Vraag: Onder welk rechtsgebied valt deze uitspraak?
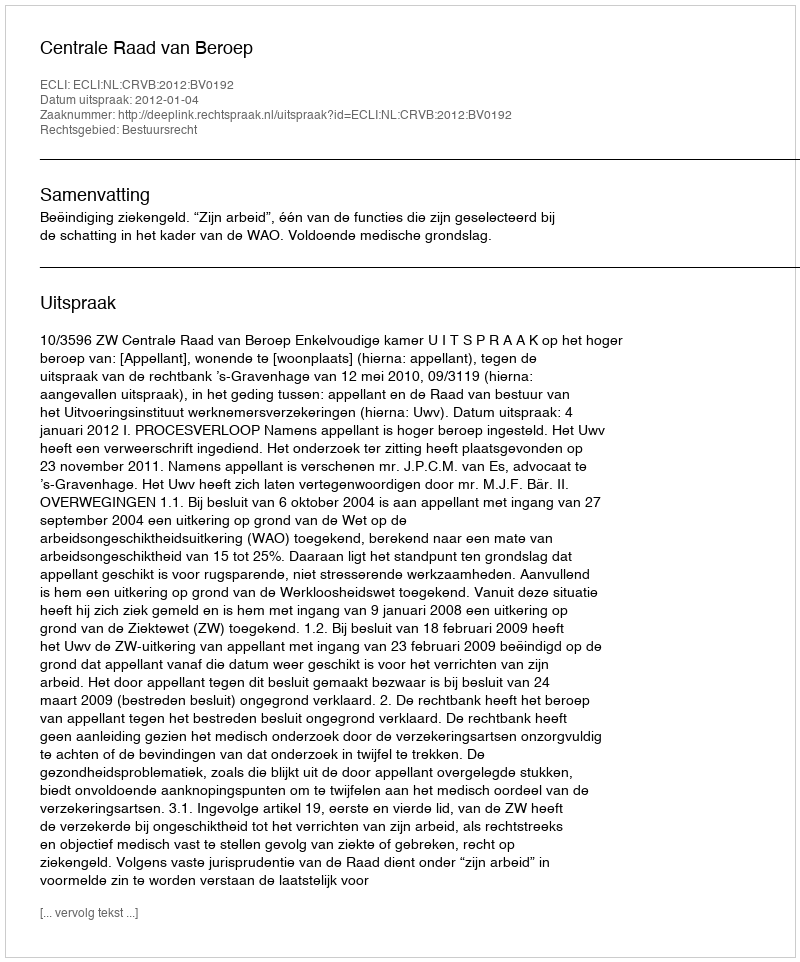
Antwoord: Bestuursrecht